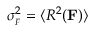
\sigma _ { { } _ { F } } ^ { 2 } = \langle R ^ { 2 } ( { \bf F } ) \rangle